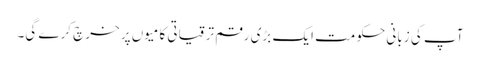
آپ کی زبانی حکومت ایک بڑی رقم ترقیاتی کامیوں پر خرچ کرے گی۔